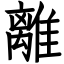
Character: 離